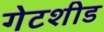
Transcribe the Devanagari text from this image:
गेटशीड